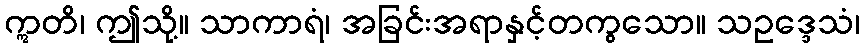
ဣတိ၊ ဤသို့။ သာကာရံ၊ အခြင်းအရာနှင့်တကွသော။ သဥဒ္ဒေသံ၊